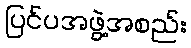
ပြင်ပအဖွဲ့အစည်း